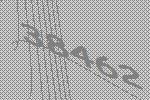
38462